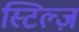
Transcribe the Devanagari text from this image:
स्टिल्ज़